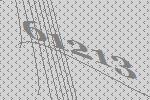
61213